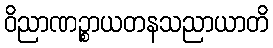
ဝိညာဏဉ္စာယတနသညာယာတိ